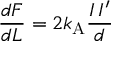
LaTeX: { \frac { d F } { d L } } = 2 k _ { \mathrm { { A } } } { \frac { I \, I ^ { \prime } } { d } }